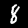
Digit: 8